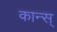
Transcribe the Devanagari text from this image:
कान्स्